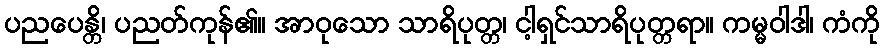
ပညပေန္တိ၊ ပညတ်ကုန်၏။ အာဝုသော သာရိပုတ္တ၊ ငါ့ရှင်သာရိပုတ္တရာ။ ကမ္မဝါဒါ၊ ကံကို